Report of an investigation of the epidemic of malarial fever in Assam, or, kala-azar
Disease focus: Malaria
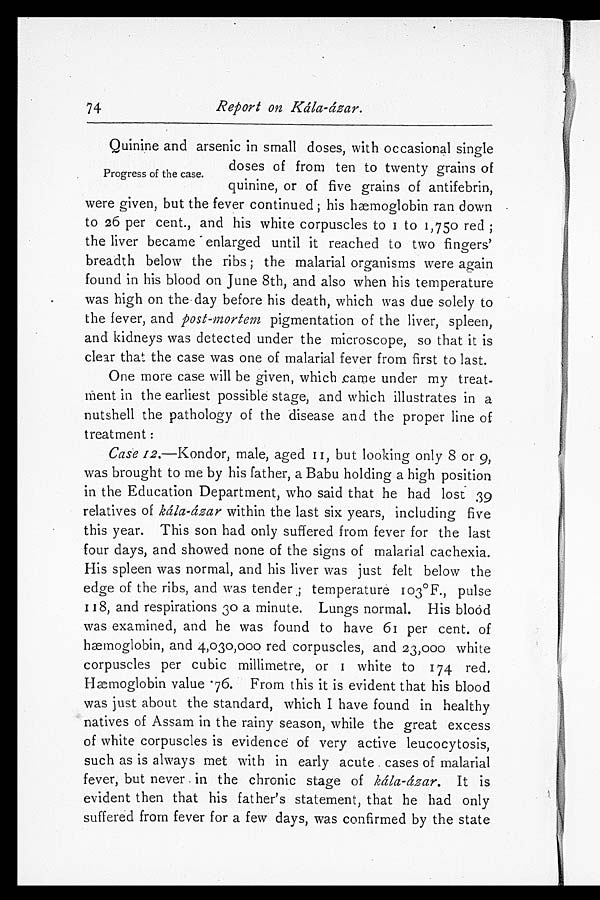
Report on Kála-ázar
Quinine and arsenic in small doses, with occasional single
doses of from ten to twenty grains of
quinine, or of five grains of antifebrin,
were given, but the fever continued; his hæmoglobin ran down
to 26 per cent., and his white corpuscles to 1 to 1,750 red;
the liver became enlarged until it reached to two fingers'
breadth below the ribs; the malarial organisms were again
found in his blood on June 8th, and also when his temperature
was high on the day before his death, which was due solely to
the fever, and post-mortem pigmentation of the liver, spleen,
and kidneys was detected under the microscope, so that it is
clear that the case was one of malarial fever from first to last.
One more case will be given, which came under my treat
-ment in the earliest possible stage, and which illustrates in a
nutshell the pathology of the disease and the proper line of
treatment
:
Case 12.—Kondor, male, aged 11, but looking only 8 or 9,
was brought to me by his father, a Babu holding a high position
in the Education Department, who said that he had lost 39
relatives of kála-ázar within the last six years, including five
this year. This son had only suffered from fever for the last
four days, and showed none of the signs of malarial cachexia.
His spleen was normal, and his liver was just felt below the
edge of the ribs, and was tender; temperature 103°F., pulse
118, and respirations 30 a minute. Lungs normal. His blood
was examined, and he was found to have 61 per cent. of
hæmoglobin, and 4,030,000 red corpuscles, and 23,000 white
corpuscles per cubic millimetre, or 1 white to 174 red.
Hæmoglobin value 76. From this it is evident that his blood
was just about the standard, which I have found in healthy
natives of Assam in the rainy season, while the great excess
of white corpuscles is evidence of very active leucocytosis,
such as is always met with in early acute cases of malarial
fever, but never in the chronic stage of kála-ázar. It is
evident then that his father's statement, that he had only
suffered from fever for a few days, was confirmed by the state
74
Progress of the case.